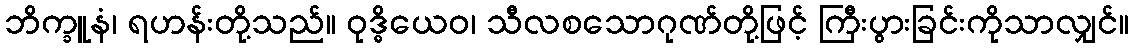
ဘိက္ခူနံ၊ ရဟန်းတို့သည်။ ဝုဒ္ဓိယေဝ၊ သီလစသောဂုဏ်တို့ဖြင့် ကြီးပွားခြင်းကိုသာလျှင်။